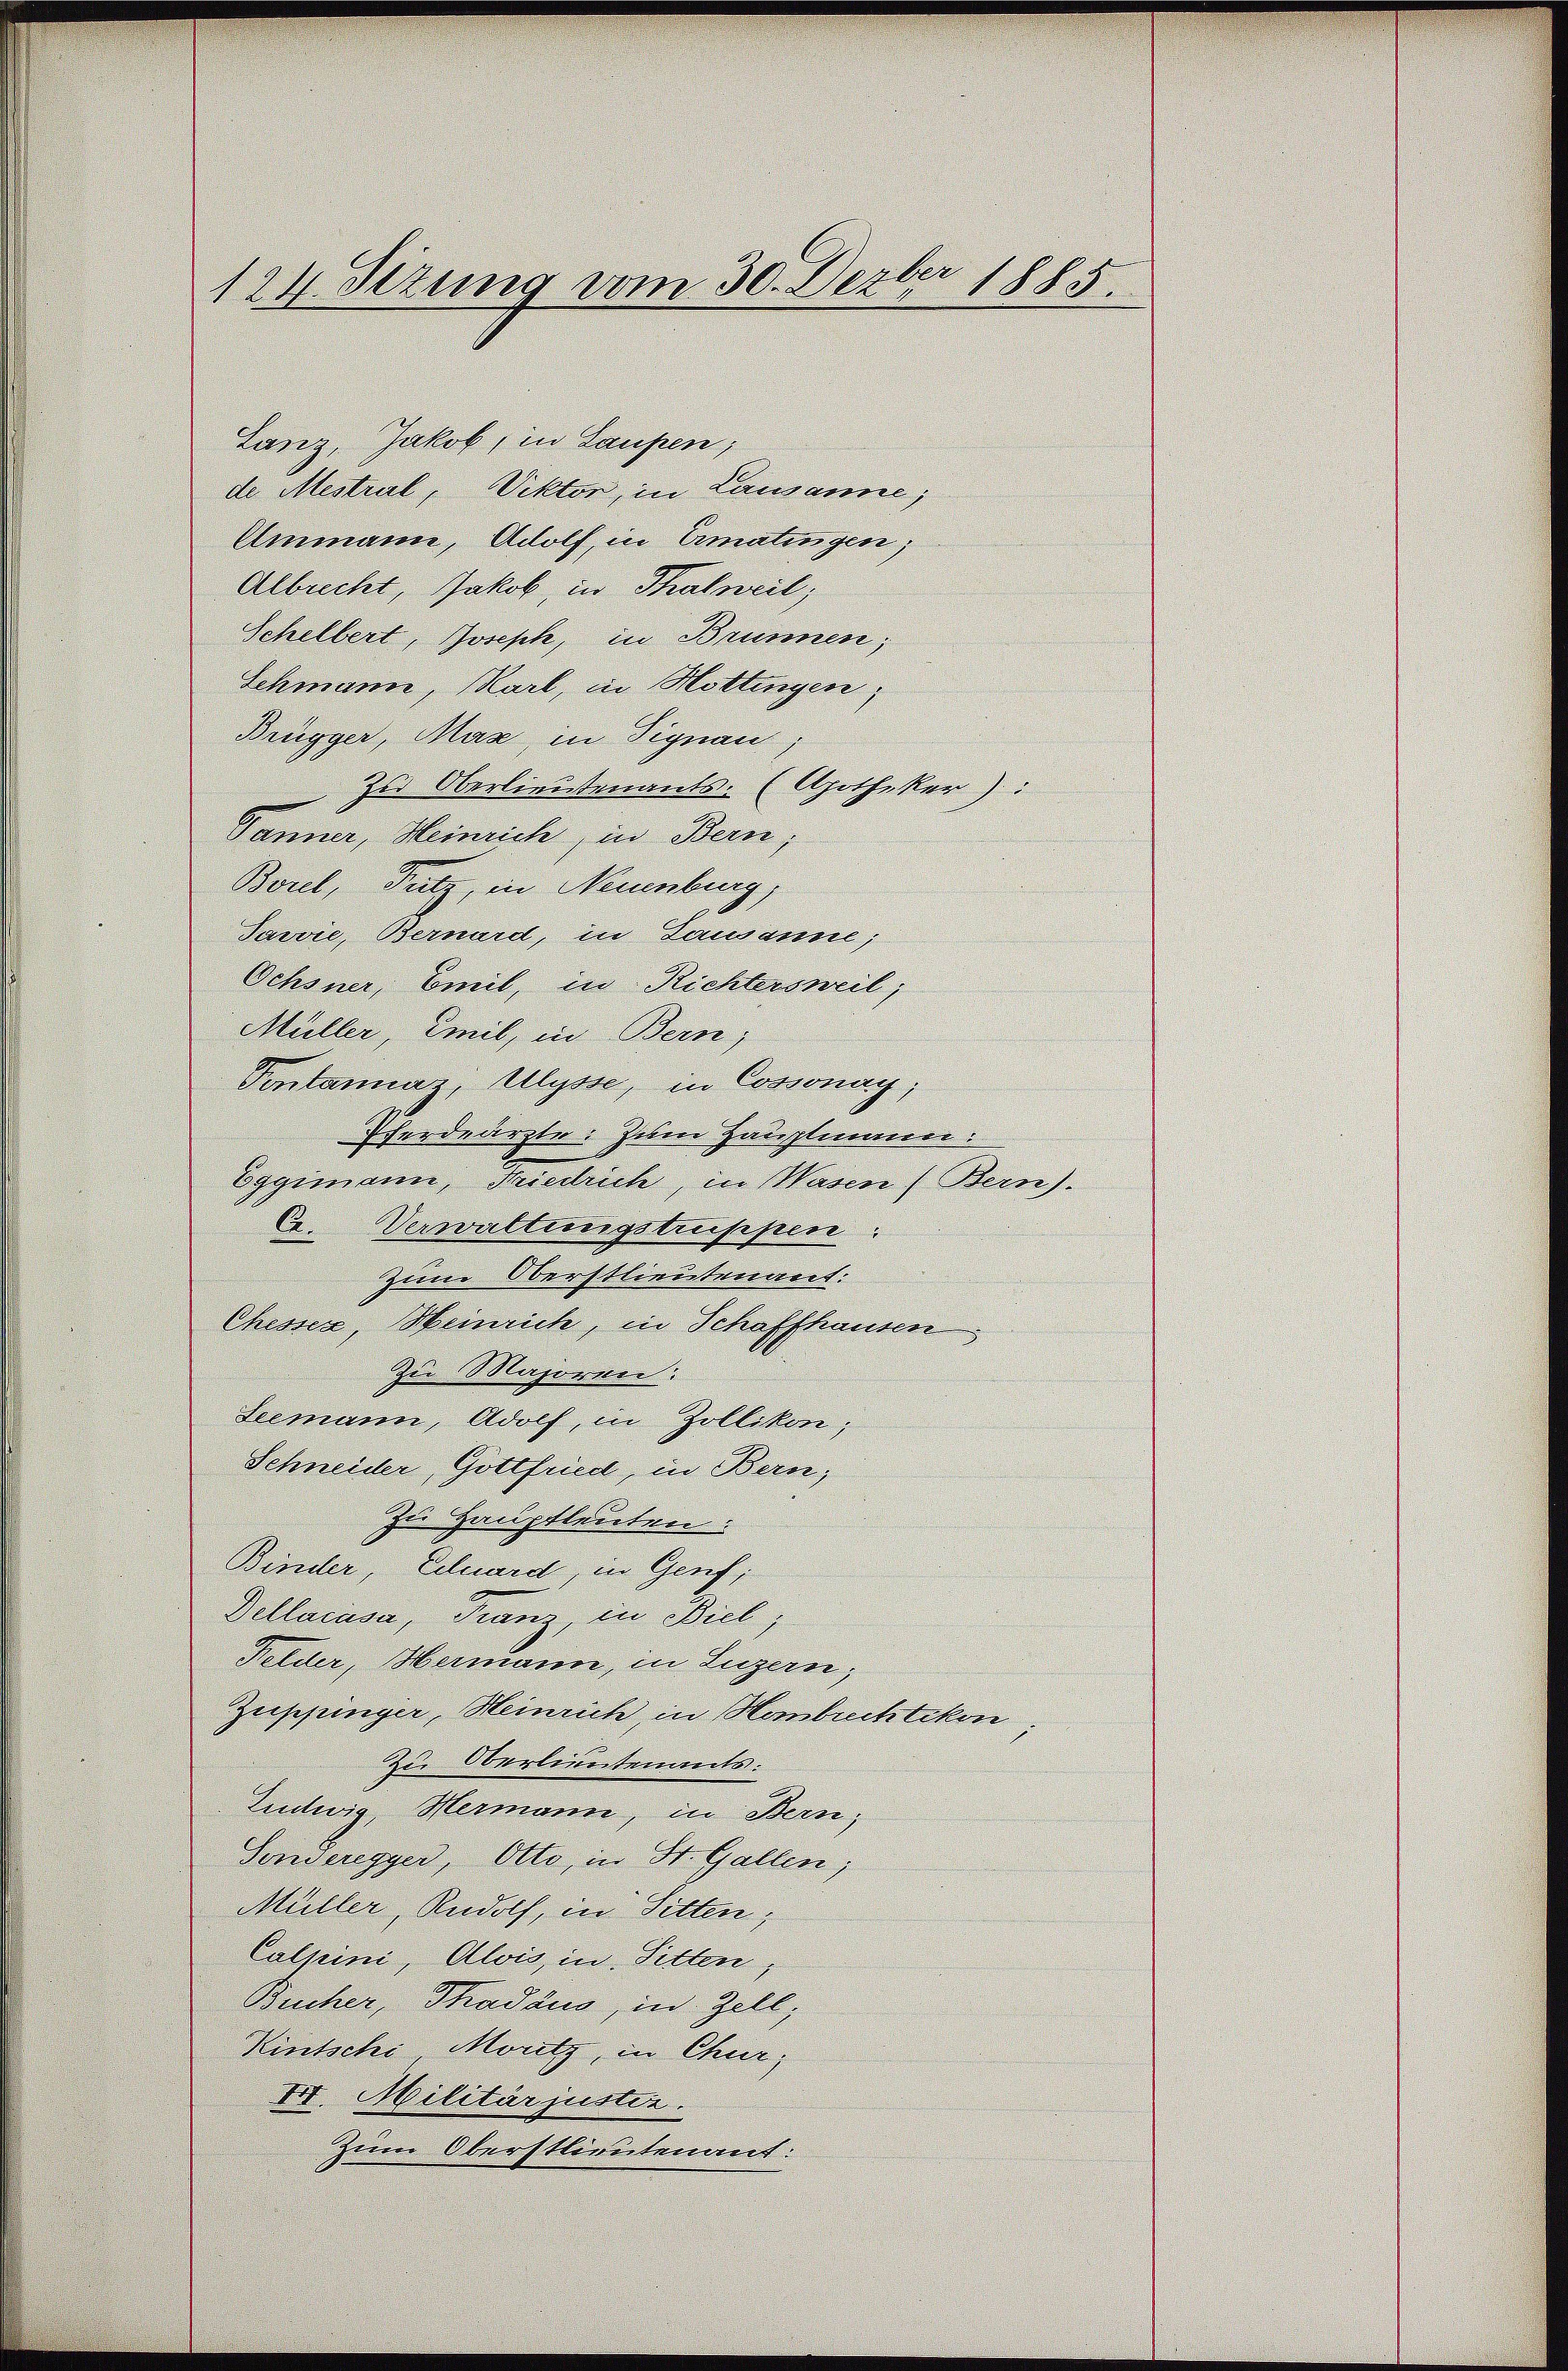
124. Sezung vom 30. Dezbr 1885.

Lanz, Jakob, in Laupen;
de Alestral, Viktor, in Lausanne,
Ammann, Adolf, in Ermatingen;
Albrecht, Jakob, in Thalweil,
Schelbert, Joseph, in Brunnen;
Schmann, Karl, in Hottingen;
Brügger, Mas, in Signau
zu Oberlieutenants. (Apotheker):
Panner, Heinrich, in Bern,
Borel, Putz, in Neuenburg,
Javvie, Bernard, in Lausanne;
Ochsner, Emil, in Richtersweil;
Müller, Emil, in Bern,
Pentannaz, Ulysse, in Cossonay,
Pferdearzte. Zum Hauptmann:
Eggimann, Friedrich, in Masen (Bern).
C. Verwaltungstruppen:
zum Oberstlieutenant:
Chesser, Weinrich, in Schaffhausen
zu Majoren:
Leemann, Adolf, in Zollikon;
Schneider, Gottfried, in Bern;
Zu Hauptleuten:
Binder, Eilward, in Genf,
Dellacasa, Franz, in Biel
Felder, Hermann, in Luzern;
Zuppinger, Heinrich in Hanbuchtikon,
Zu Oberlieutenants:
Ludwig, Hermann, in Bern;
Geweregger, Otto, in St. Gallen;
Müller, Rudolf, in Sitten,
Calpini, Alois, in Sitten,
Bucher, Thadäus, in Zell,
Kintsche Moritz, in Chur;
VII. Militärjustiz.
Zum Oberstlieutenant: